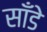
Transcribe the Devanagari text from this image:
साँडे